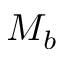
M _ { b }